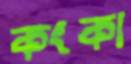
কংকা